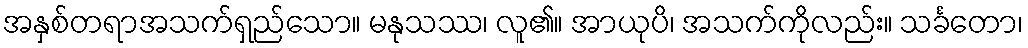
အနှစ်တရာအသက်ရှည်သော။ မနုသဿ၊ လူ၏။ အာယုပိ၊ အသက်ကိုလည်း။ သင်္ခတော၊